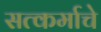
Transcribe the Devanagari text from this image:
सत्कर्माचे